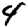
Digit: 4